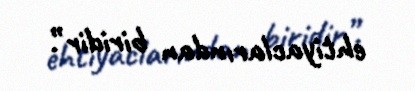
ehtiyaclarından biridir”.